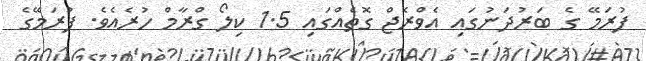
ފުރަމޭ ގެ ބަރުދަނުގައި އެވްރެޖް ގޮތެއްގައި 1.5 ކިލޯ ގްރާމް ހުރެއެވެ. ފުރަމޭގެ